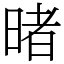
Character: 暏